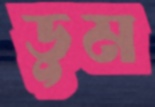
ডুম